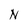
Character: N